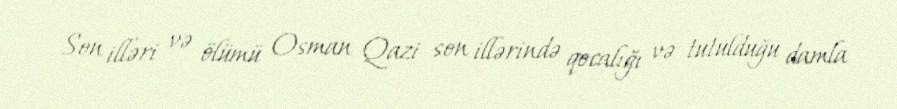
Son illəri və ölümü Osman Qazi son illərində qocalığı və tutulduğu damla